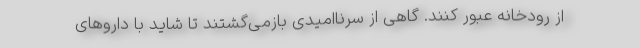
از رودخانه عبور کنند. گاهی از سرناامیدی بازمی‌گشتند تا شاید با داروهای